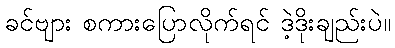
ခင်ဗျား စကားပြောလိုက်ရင် ဒဲ့ဒိုးချည်းပဲ။